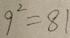
9 ^ { 2 } = 8 1